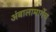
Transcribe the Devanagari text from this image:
अंबालामार्गेच